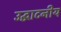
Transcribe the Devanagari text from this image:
उद्घाटनीय